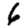
Digit: 6